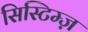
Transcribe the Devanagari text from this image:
सिस्टिम्ज़